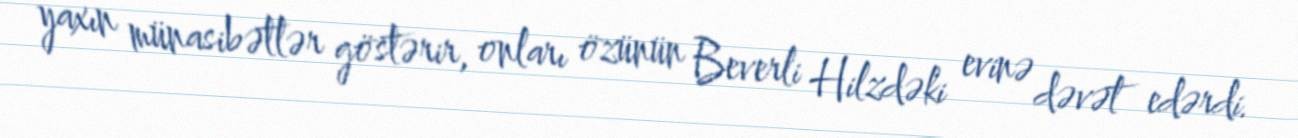
yaxın münasibətlər göstərir, onları özünün Beverli Hilzdəki evinə dəvət edərdi.